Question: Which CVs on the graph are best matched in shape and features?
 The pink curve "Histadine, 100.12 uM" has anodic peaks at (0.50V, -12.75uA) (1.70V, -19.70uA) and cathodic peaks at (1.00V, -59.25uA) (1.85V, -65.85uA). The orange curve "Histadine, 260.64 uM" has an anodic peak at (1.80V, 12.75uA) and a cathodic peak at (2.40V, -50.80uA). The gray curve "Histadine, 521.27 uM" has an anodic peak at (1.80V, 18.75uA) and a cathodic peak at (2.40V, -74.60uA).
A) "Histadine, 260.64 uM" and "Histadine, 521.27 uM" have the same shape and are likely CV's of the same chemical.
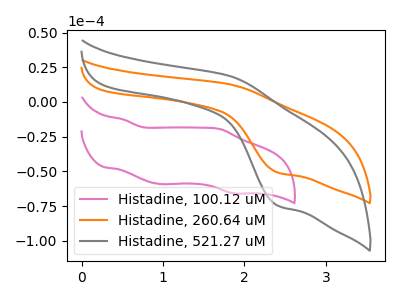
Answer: <think>"Histadine, 100.12 uM" and "Histadine, 260.64 uM" have a different number of peaks. "Histadine, 100.12 uM" and "Histadine, 521.27 uM" have a different number of peaks. All the peaks in "Histadine, 260.64 uM" have a peak in "Histadine, 521.27 uM" at the same potential. Every peak in "Histadine, 260.64 uM" is lower than every peak in "Histadine, 521.27 uM".
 </think>
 <answer>A) "Histadine, 260.64 uM" and "Histadine, 521.27 uM" have the same shape and are likely CV's of the same chemical.</answer>
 <eval>A</eval>